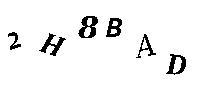
2H8BAD